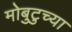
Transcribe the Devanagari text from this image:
मोबुटुच्या